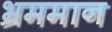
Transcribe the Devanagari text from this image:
भ्रममान